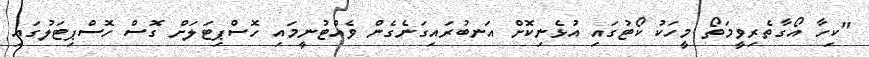
"ކިހާ އޯގާތެރިވީމަތޯ މީހަކު ކޯޓުގައި އުޅެނިކޮށް އަނބުރައިގަނެގެން ވެއްޓުނީމައި ހޮސްޕިޓަލަށް ގޮސް ހޮސްޕިޓަލުގައި